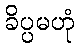
ခိပ္ပမဟုံ